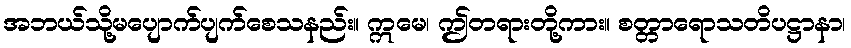
အဘယ်သို့မပျောက်ပျက်စေသနည်း။ ဣမေ၊ ဤတရားတို့ကား။ စတ္တာရောသတိပဋ္ဌာနာ၊